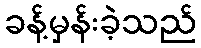
ခန့်မှန်းခဲ့သည်